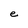
Character: e